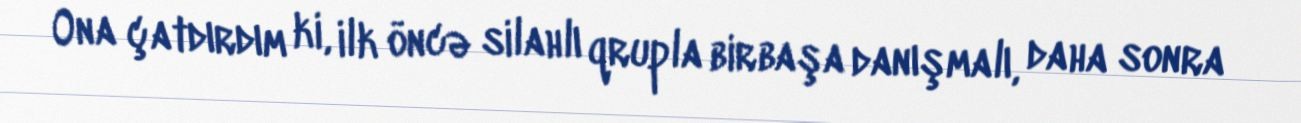
Ona çatdırdım ki, ilk öncə silahlı qrupla birbaşa danışmalı, daha sonra